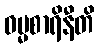
ဓမ္မစာရိနီတိ